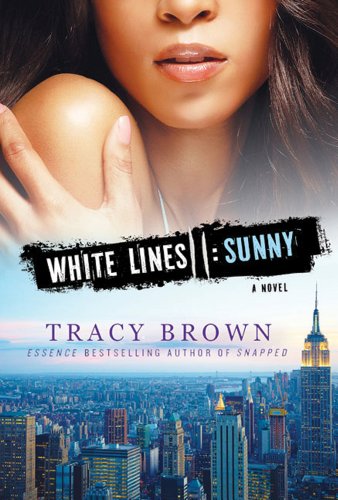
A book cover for White Lines II: Sunny: A Novel; Tracy Brown; Literature & Fiction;